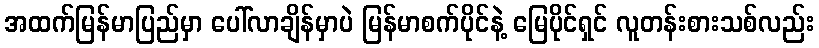
အထက်မြန်မာပြည်မှာ ပေါ်လာချိန်မှာပဲ မြန်မာစက်ပိုင်နဲ့ မြေပိုင်ရှင် လူတန်းစားသစ်လည်း